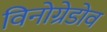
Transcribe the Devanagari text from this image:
विनोग्रेडोव